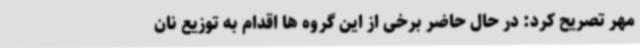
مهر تصریح کرد: در حال حاضر برخی از این گروه ها اقدام به توزیع نان